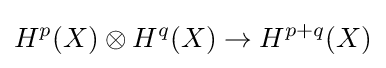
H^{p}(X)\otimes H^{q}(X)\to H^{p+q}(X)